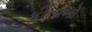
કીતાબો